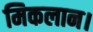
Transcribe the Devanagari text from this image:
मिकलान।